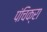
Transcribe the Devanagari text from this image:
पंचिक्रा